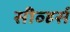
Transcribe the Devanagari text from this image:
सीव्हर्स